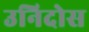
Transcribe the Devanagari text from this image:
उनिदोस